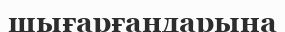
шығарғандарына